Leaving Certificate Examination (including Day School Certificate (Higher) General paper), 1939
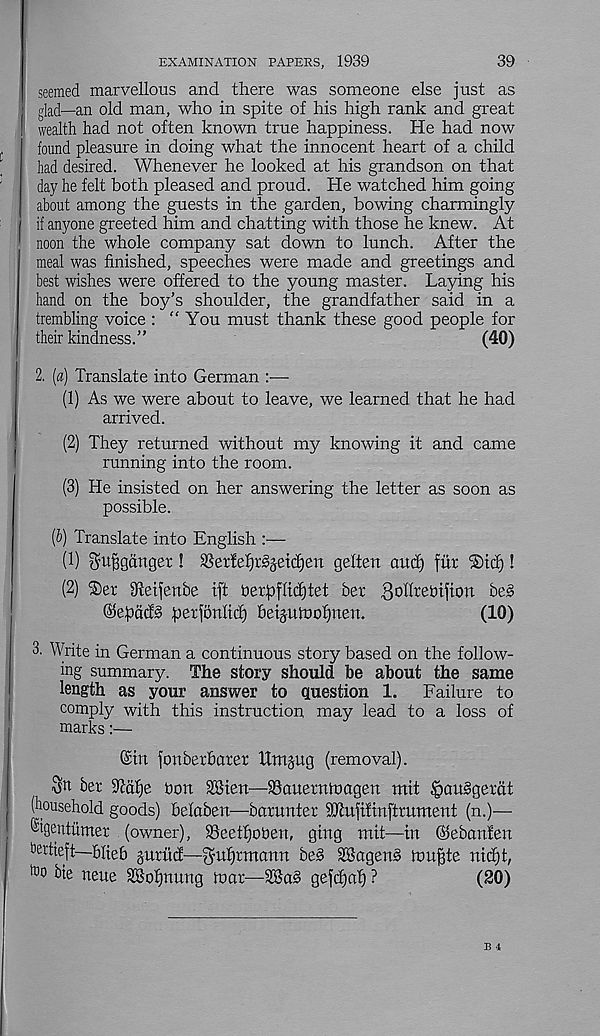
39
EXAMINATION PAPERS, 1939
seemed marvellous and there was someone else just as
glad—an old man, who in spite of his high rank and great
wealth had not often known true happiness. He had now
found pleasure in doing what the innocent heart of a child
had desired. Whenever he looked at his grandson on that
day he felt both pleased and proud. He watched him going
about among the guests in the garden, bowing charmingly
if anyone greeted him and chatting with those he knew. At
noon the whole company sat down to lunch. After the
meal was finished, speeches were made and greetings and
best wishes were offered to the young master. Laying his
hand on the boy’s shoulder, the grandfather said in a
trembling voice : “You must thank these good people for
their kindness.
(40)
2. (a) Translate into German :—
(1) As we were about to leave, we learned that he had
arrived.
(2) They returned without my knowing it and came
running into the room.
(3) He insisted on her answering the letter as soon as
possible.
(&) Translate into English :•—
l 1 ) $uBgdrtget t 3Serfef)r§jet(f)en gelten ctucf) fur Sdcf)!
(2) ®er gtetfenbe ift herjoffiditet ber gollrehtfion be§
@ef)ct(f§ fierfonlid) beijutno^ueu.
(10)
3. Write in German a continuous story based on the follow-
ing summary. The story should be about the same
length as your answer to question 1.
Failure to
comply with this instruction may lead to a loss of
marks:—
(£in f on ber barer tlmpg (removal).
ber ^dlfe bon SSien—SSauerntnagen mit §au§gerdt
(household goods) belaben—barunter SJtufifinftrument (n.)—-
®igentumer (owner), SSeetfjoben, gtng mit—in ©ebanfen
bertieft—bfteb guritd—$uf)rmann beg SBageng hmfjte nidjt,
too bie neue SBofjnung hmr—28ag gefdjaf) ?
(20)